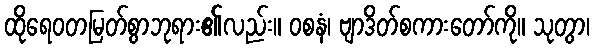
ထိုရေဝတမြတ်စွာဘုရား၏လည်း။ ဝစနံ၊ ဗျာဒိတ်စကားတော်ကို။ သုတွာ၊